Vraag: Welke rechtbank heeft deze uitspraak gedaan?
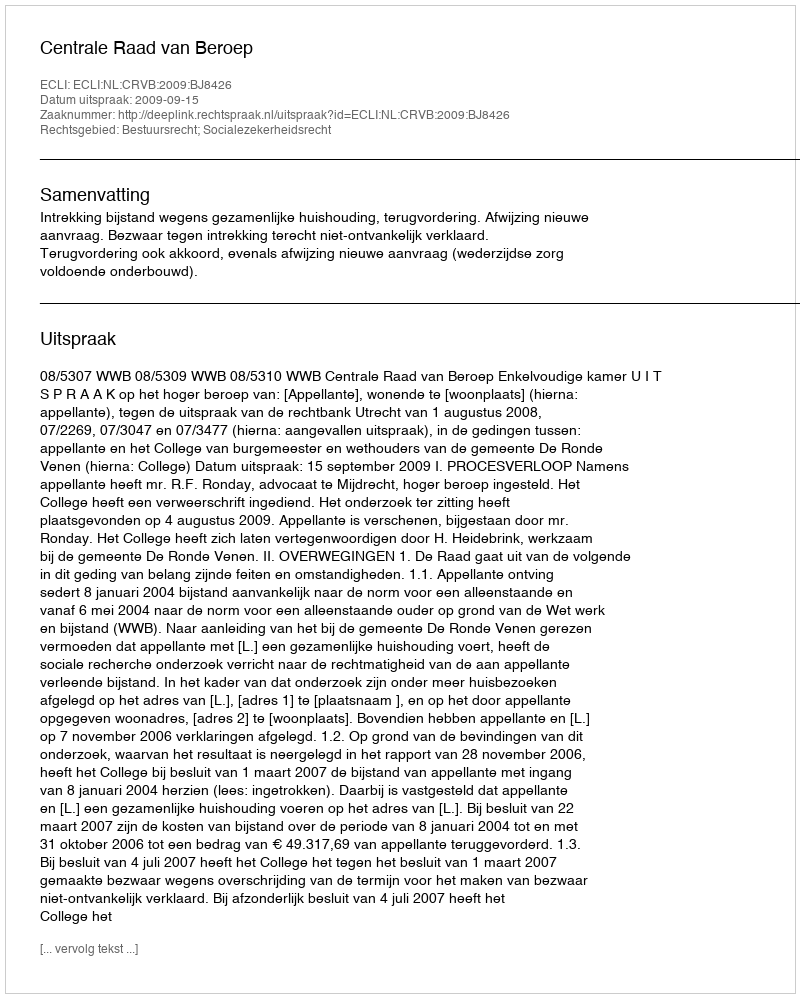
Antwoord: Centrale Raad van Beroep